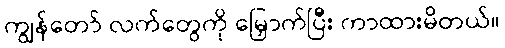
ကျွန်တော် လက်တွေကို မြှောက်ပြီး ကာထားမိတယ်။